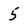
Character: 5